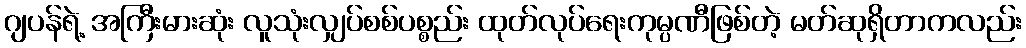
ဂျပန်ရဲ့ အကြီးမားဆုံး လူသုံးလျှပ်စစ်ပစ္စည်း ထုတ်လုပ်ရေးကုမ္ပဏီဖြစ်တဲ့ မတ်ဆုရှိတာကလည်း